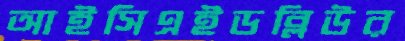
আইসিএইডব্লিউর